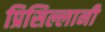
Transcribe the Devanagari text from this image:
प्रिसिल्लानी